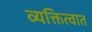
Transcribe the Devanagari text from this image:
व्यक्तित्वात